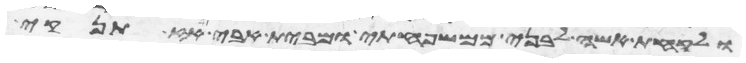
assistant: ולקחת אשה לבני ממשפחתי ומבית אבי אז תנקיא